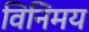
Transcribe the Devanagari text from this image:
विनिमय